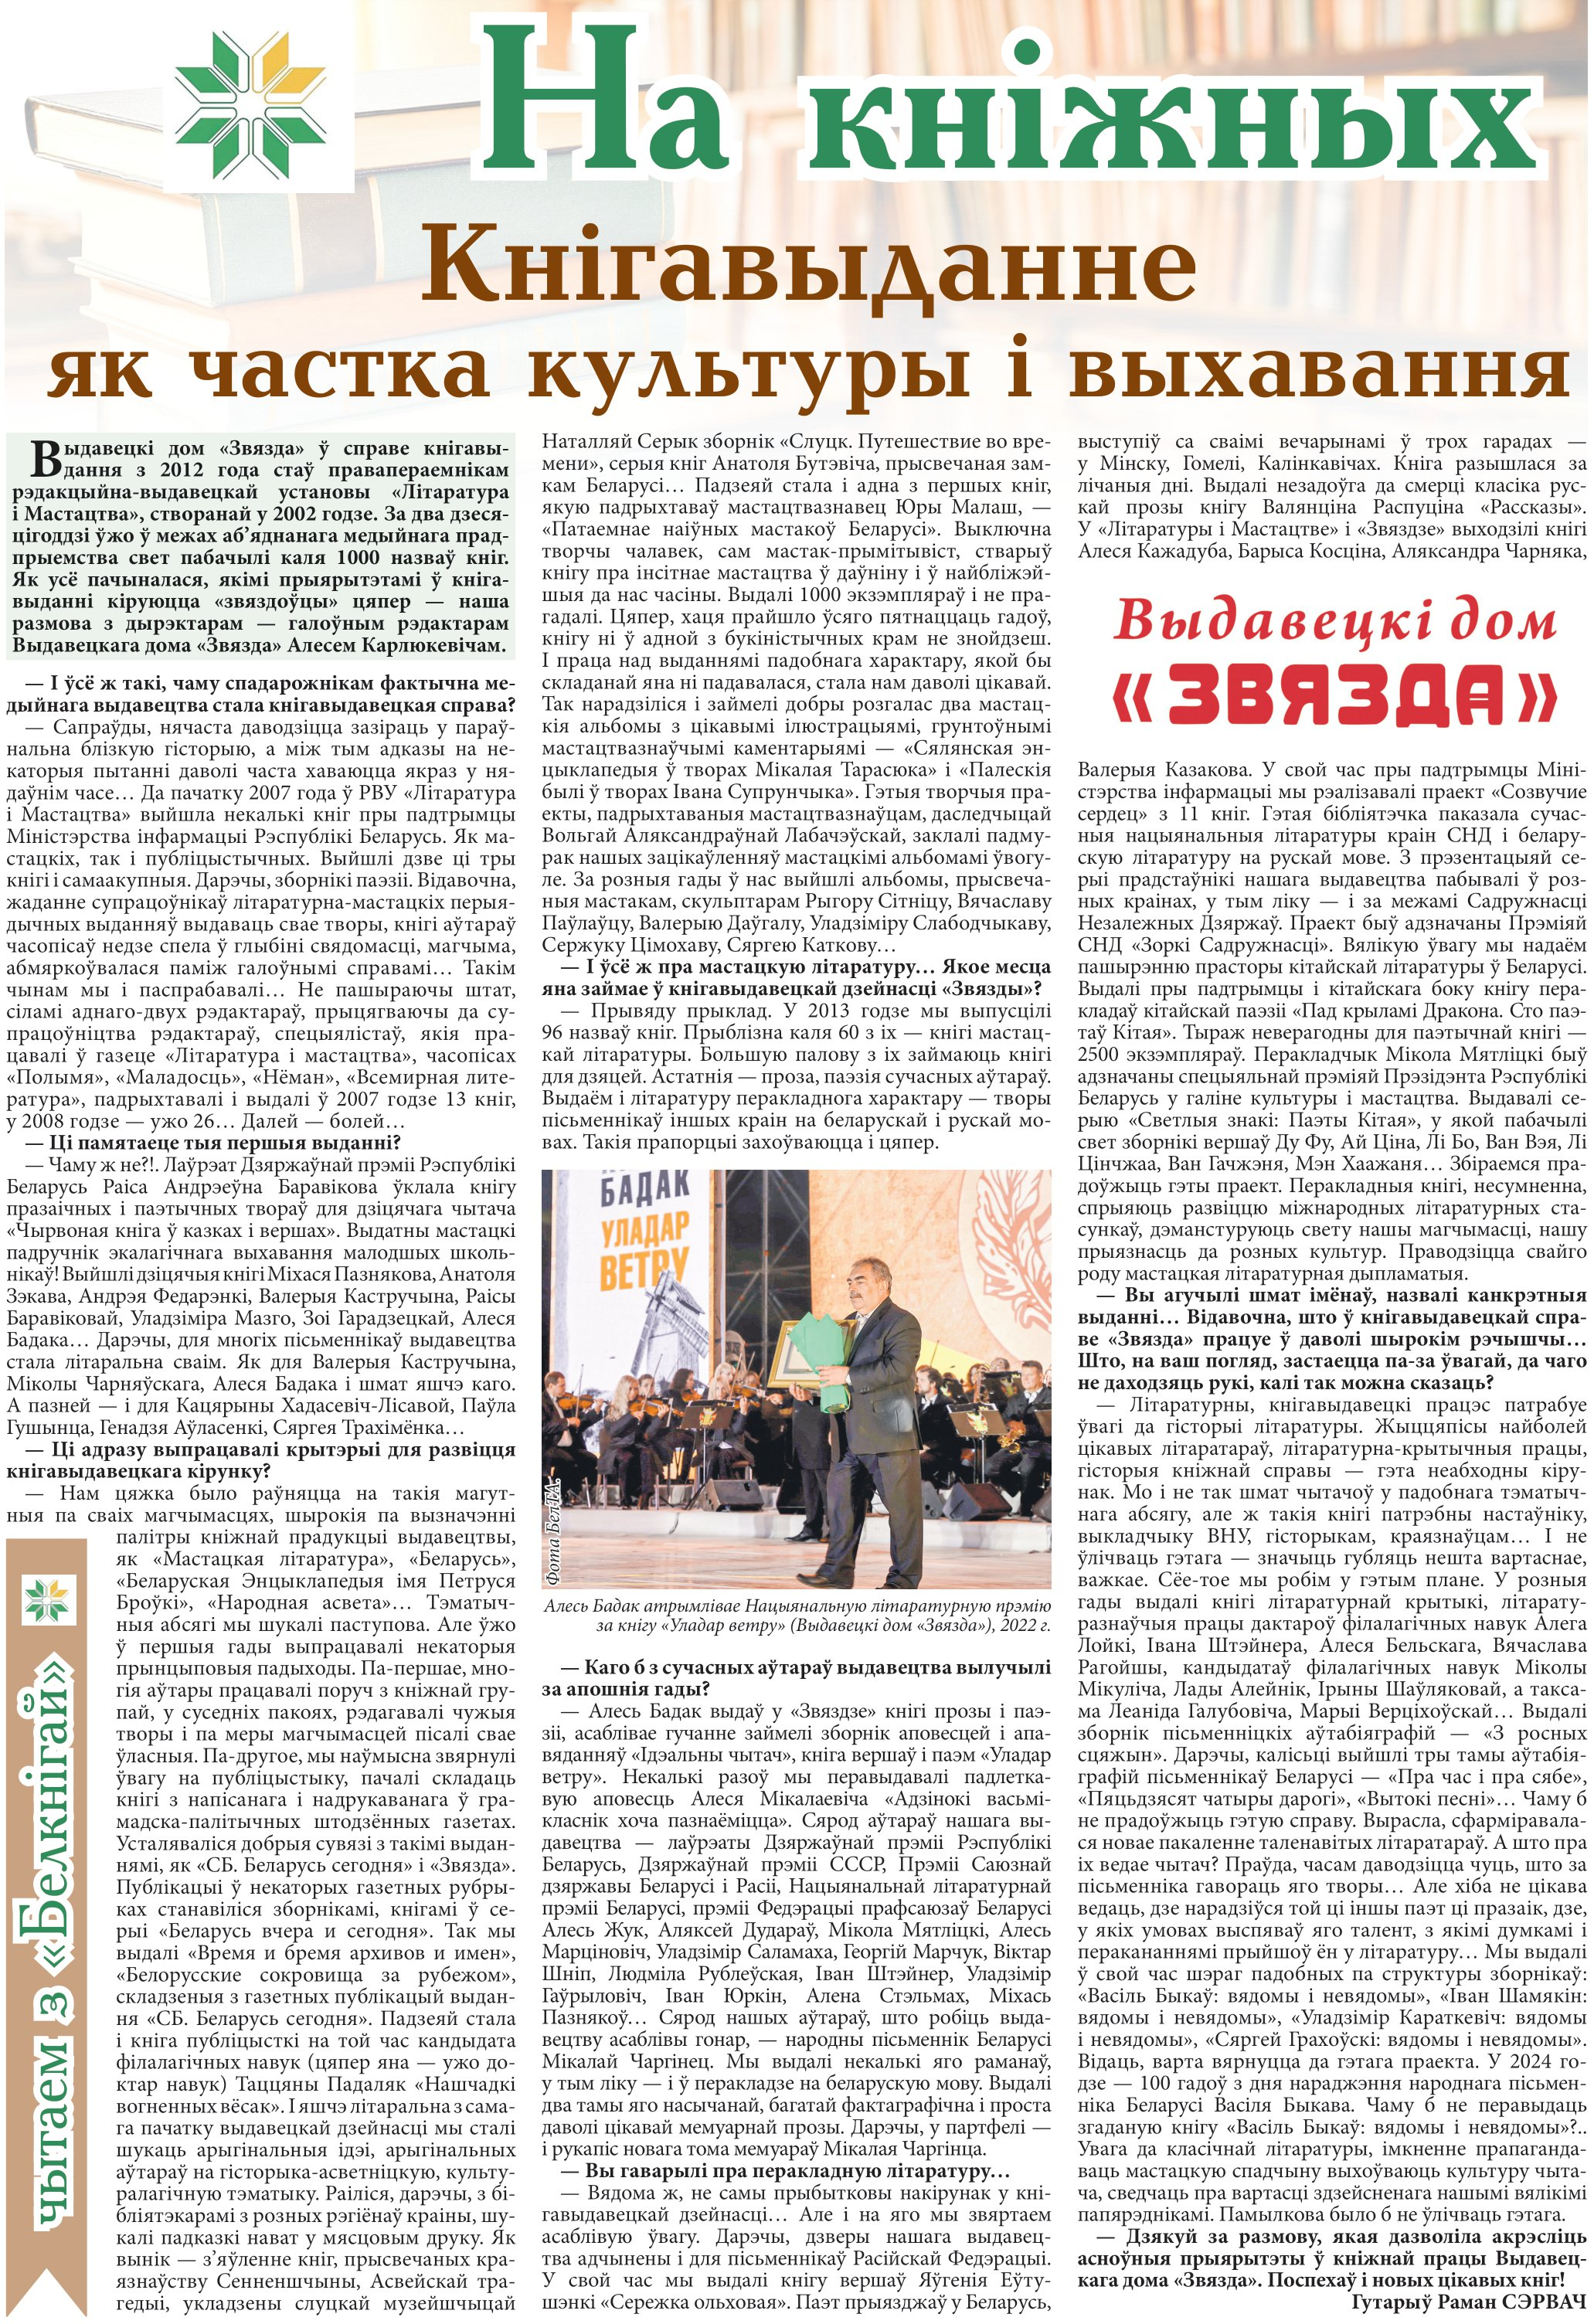
Language: be